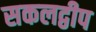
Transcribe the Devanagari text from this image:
सकलद्वीप